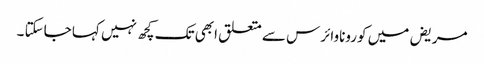
مریض میں کوروناوائرس سے متعلق ابھی تک کچھ نہیں کہا جاسکتا ۔